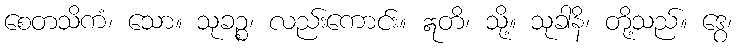
စေတသိကံ၊ သော။ သုခဉ္စ၊ လည်းကောင်း။ ဣတိ၊ သို့။ သုခါနိ၊ တို့သည်။ ဒွေ၊